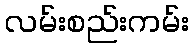
လမ်းစည်းကမ်း